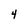
Character: 4